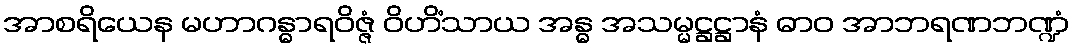
အာစရိယေန မဟာဂန္ဓာရဝိဇ္ဇံ ဝိဟိံသာယ အန္ဓ အသမ္မဋ္ဌဋ္ဌာနံ ဓာဝ အာဘရဏဘဏ္ဍံ